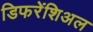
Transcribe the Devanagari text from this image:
डिफरेंशिअल